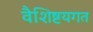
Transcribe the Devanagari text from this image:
वैशिष्टयगत